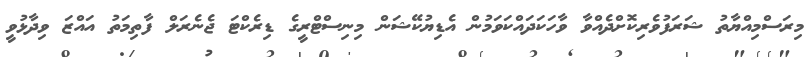
މިރަސްމިއްޔާތު ޝަރަފުވެރިކޮށްދެއްވާ ވާހަކަދައްކަވަމުން އެޑިޔުކޭޝަން މިނިސްޓްރީގެ ޑިރެކްޓަ ޖެނެރަލް ފާތިމަތު އައްޒަ ވިދާޅުވީ